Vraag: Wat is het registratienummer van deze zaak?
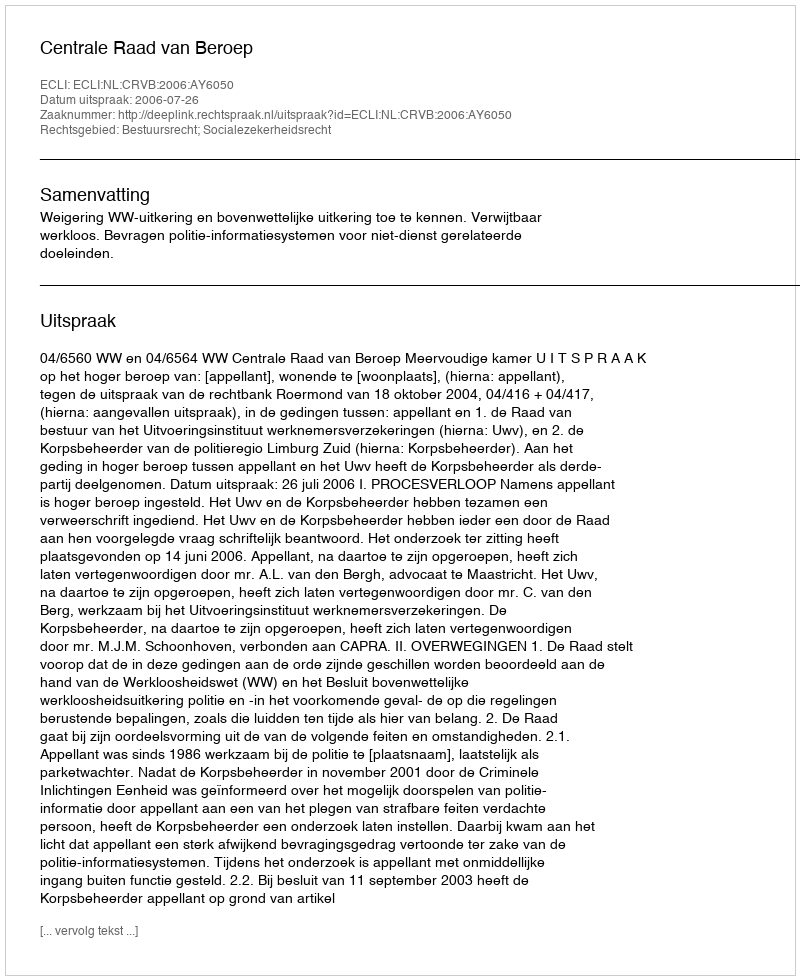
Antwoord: http://deeplink.rechtspraak.nl/uitspraak?id=ECLI:NL:CRVB:2006:AY6050